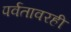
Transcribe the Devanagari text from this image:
पर्वतावरही